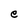
Character: e